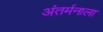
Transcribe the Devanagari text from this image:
अंतर्मनाला